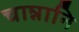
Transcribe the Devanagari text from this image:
चान्नानि